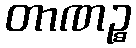
တာဏဉ္စ